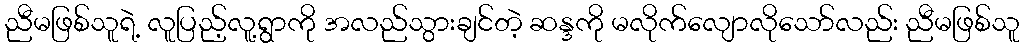
ညီမဖြစ်သူရဲ့ လူပြည့်လူ့ရွာကို အလည်သွားချင်တဲ့ ဆန္ဒကို မလိုက်လျောလိုသော်လည်း ညီမဖြစ်သူ